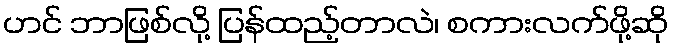
ဟင် ဘာဖြစ်လို့ ပြန်ထည့်တာလဲ၊ စကားလက်ဖို့ဆို